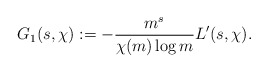
\begin{align*} G_1(s,\chi) := -\frac{m^s}{\chi(m)\log{m}} L'(s,\chi).\end{align*}